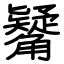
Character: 觺